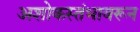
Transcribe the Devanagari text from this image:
अशोकस्तंभावरून